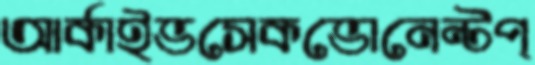
আর্কাইভসেকভোনেন্টপ্